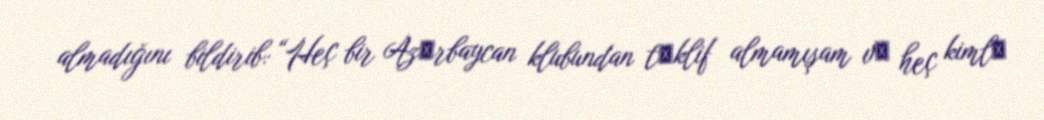
almadığını bildirib: “Heç bir Azәrbaycan klubundan tәklif almamışam vә heç kimlә